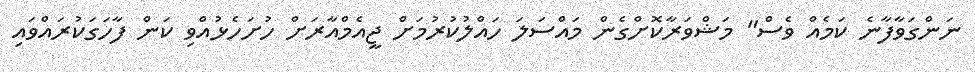
ނަންގަވާފާނެ ކަމެއް ވެސް" މަޝްވަރާކޮށްގެން މައްސަލަ ހައްލުކުރުމަށް ޖީއެމްއާރަށް ހުށަހެޅުއްވި ކަން ފާހަގަކުރައްވައި